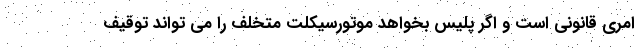
امری قانونی است و اگر پلیس بخواهد موتورسیکلت متخلف را می تواند توقیف